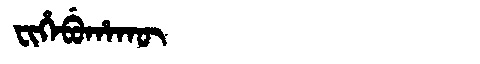
Manchu: ᠸᡳᡥᡝᠪᡠᡥᠠᡴᡡ
Romanization: FIHEBUHAKŪ